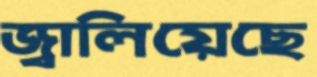
জ্বালিয়েছে